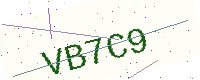
Text: VB7C9